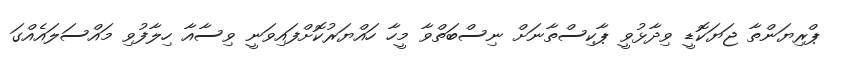
ޕްރިޔަންތާ ޖަޔަކޮޑީ ވިދާޅުވީ ޕާކިސްތާނަށް ނިސްބަތްވާ މީހާ ހައްޔަރުކޮށްފައިވަނީ ވިސާއާ ހިލާފުވި މައްސަލައެއްގަ